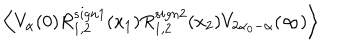
LaTeX: \left\langle V _ { \alpha } ( 0 ) R _ { 1 , 2 } ^ { s i g n 1 } ( x _ { 1 } ) R _ { 1 , 2 } ^ { s i g n 2 } ( x _ { 2 } ) V _ { 2 \alpha _ { 0 } - \alpha } ( \infty ) \right\rangle